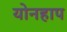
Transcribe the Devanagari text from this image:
योनहाप